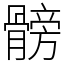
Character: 髈